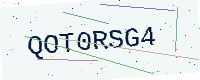
Text: QOT0RSG4